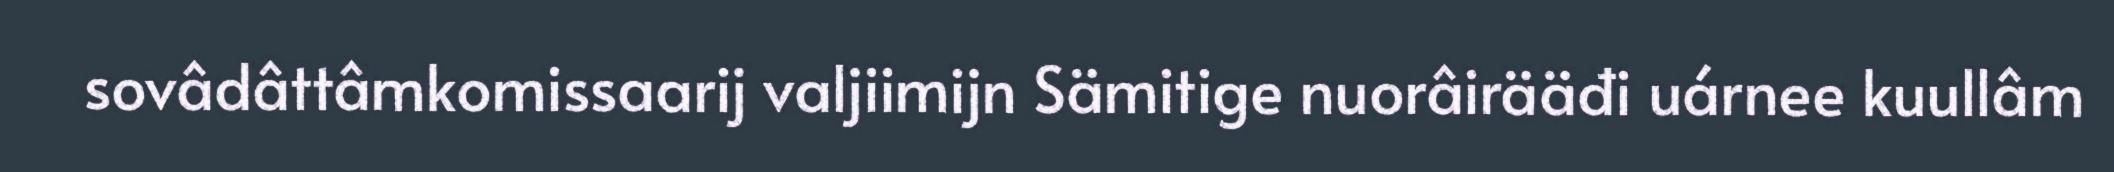
sovâdâttâmkomissaarij valjiimijn Sämitige nuorâirääđi uárnee kuullâm